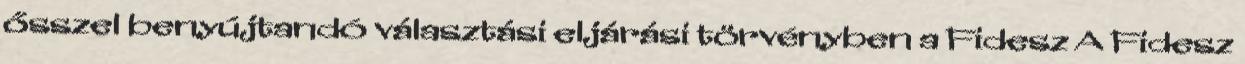
ősszel benyújtandó választási eljárási törvényben a Fidesz A Fidesz